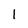
Character: 1